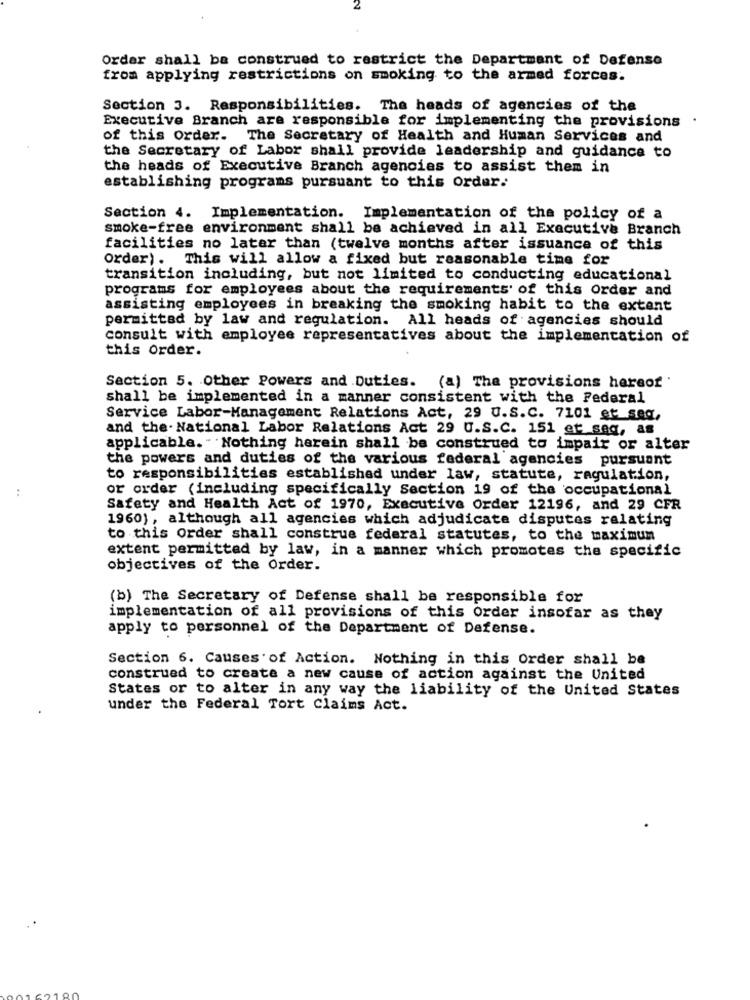
Order shall be construed to restrict the Department of Defense
from applying restrictions on smoking to the armed forces.
Section 3. Responsibilities. The heads of agencies of the
Executive Branch are responsible for implementing the provisions .
of this order. The Secretary of Health and Human Services and
the Secretary of Labor shall provide leadership and guidance to
the heads of Executive Branch agencias to assist them in
establishing programs pursuant to this order.
Section 4. Implementation. Implementation of the policy of a
smoke-free environment shall be achieved in all Executive Branch
facilities no later than (twelve months after issuance of this
Order). This will allow a fixed but reasonable time for
transition including, but not limited to conducting educational
programs for employees about the requirements of this Order and
assisting employees in breaking the smoking habit to the extent
permitted by law and regulation. All heads of agencies should
consult with employee representatives about the implementation of
this Order.
Section 5. Other Powers and Duties. (a) The provisions hereof '
shall be implemented in a manner consistent with the Federal
Service Labor-Management Relations Act, 29 U.S.C. 7101 et seq,
and the. National Labor Relations Act 29 U.S.C. 151 et seq, as
applicable. " Nothing herein shall be construed to impair or alter
the powers and duties of the various federal agencies pursuant
to responsibilities established under law, statute, regulation,
..
or order (including specifically Section 19 of the occupational
Safety and Health Act of 1970, Executive Order 12196, and 29 CFR
1960), although all agencies which adjudicate disputes relating
to this Order shall construe federal statutes, to the maximum
extent permitted by law, in a manner which promotes the specific
objectives of the Order.
(b) The Secretary of Defense shall be responsible for
implementation of all provisions of this Order insofar as they
apply to personnel of the Department of Defense.
Section 6. Causes of Action. Nothing in this Order shall be
construed to create a new cause of action against the United
States or to alter in any way the liability of the United States
under the Federal Tort Claims Act.